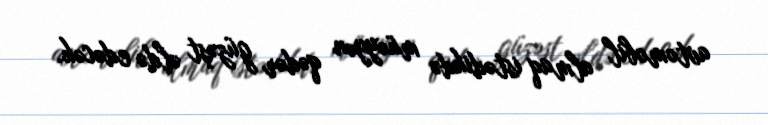
avtomobil almaq istədikdə müəyyən qədər güzəşt əldə edəcək.